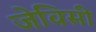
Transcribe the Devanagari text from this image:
जेविसी